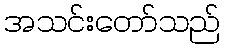
အသင်းတော်သည်